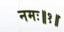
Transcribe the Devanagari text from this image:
नमः॥१॥